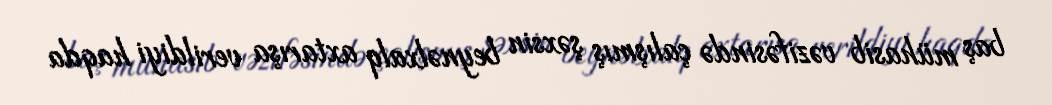
baş mühasib vəzifəsində çalışmış şəxsin beynəlxalq axtarışa verildiyi haqda